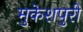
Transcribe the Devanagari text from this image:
मुकेशपुरी